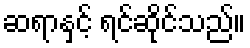
ဆရာနှင့် ရင်ဆိုင်သည်။